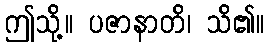
ဤသို့။ ပဇာနာတိ၊ သိ၏။